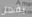
يفعل